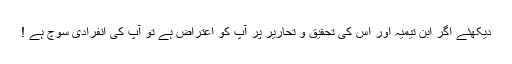
دیکھئے اگر ابن تیمیہ اور اس کی تحقیق و تحاریر پر آپ کو اعتراض ہے تو آپ کی انفرادی سوچ ہے !